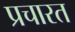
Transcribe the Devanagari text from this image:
प्रचारत